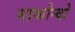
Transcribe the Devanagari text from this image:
माकोन्दो